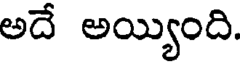
అదే అయ్యింది.